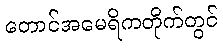
တောင်အမေရိကတိုက်တွင်